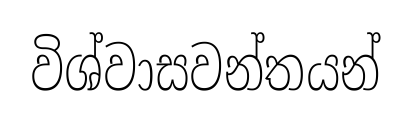
විශ්වාසවන්තයන්